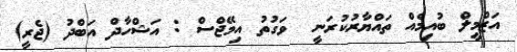
އަޒްމީލް ބުއިމެއް ތައްޔާރުކުރަނީ  ވަގުތު އިމޭޖްސް : އަޝްހާދް އަބްދު (ޖެރީ)